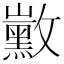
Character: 𪑛